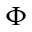
\Phi